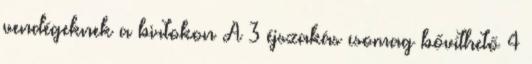
vendégeknek a birtokon A 3 éjszakás csomag bővíthető 4